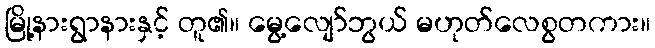
မြို့နားရွာနားနှင့် တူ၏။ မွေ့လျော်ဘွယ် မဟုတ်လေစွတကား။